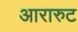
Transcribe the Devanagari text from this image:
आरारुट